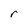
Character: r